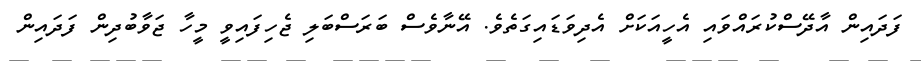
ފަދައިން އާދޭސްކުރައްވައި އެހީއަކަށް އެދިވަޑައިގަތެވެ. އޭނާވެސް ބަރަސްބަލި ޖެހިފައިވީ މީހާ ޖަވާބުދިން ފަދައިން